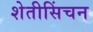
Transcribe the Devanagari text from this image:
शेतीसिंचन